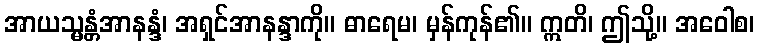
အာယသ္မန္တံအာနန္ဒံ၊ အရှင်အာနန္ဒာကို။ ဓာရေမ၊ မှန်ကုန်၏။ ဣတိ၊ ဤသို့။ အဝေါစ၊